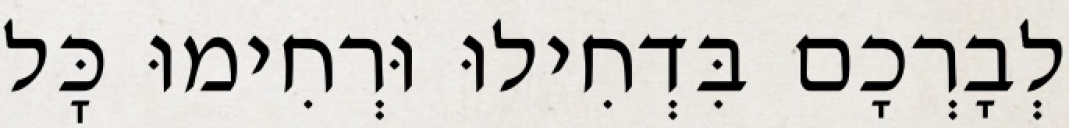
לְבָרְכָם בִּדְחִילוּ וּרְחִימוּ כׇּל